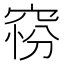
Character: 𥦋